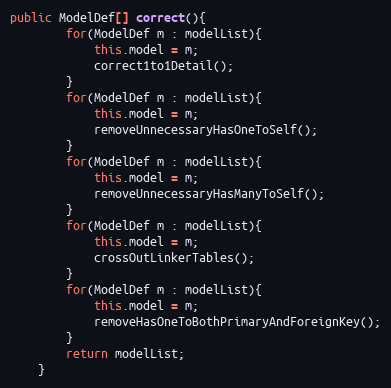
Language: Java
public ModelDef[] correct(){
		for(ModelDef m : modelList){
			this.model = m;
			correct1to1Detail();
		}
		for(ModelDef m : modelList){
			this.model = m;
			removeUnnecessaryHasOneToSelf();
		}
		for(ModelDef m : modelList){
			this.model = m;
			removeUnnecessaryHasManyToSelf();
		}
		for(ModelDef m : modelList){
			this.model = m;
			crossOutLinkerTables();
		}
		for(ModelDef m : modelList){
			this.model = m;
			removeHasOneToBothPrimaryAndForeignKey();
		}
		return modelList;
	}